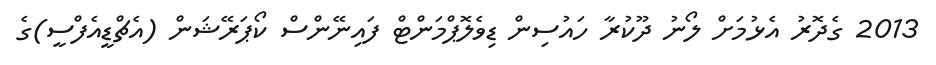
2013 ގެދޮރު އެޅުމަށް ލޯނު ދޫކުރާ ހައުސިން ޑިވެލޮޕްމަންޓް ފައިނޭންސް ކޯޕަރޭޝަން (އެޗްޑީއެފްސީ)ގެ